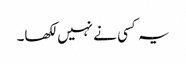
یہ کسی نے نہیں لکھا۔